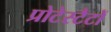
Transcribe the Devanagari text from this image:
प्रोटेस्टैटों